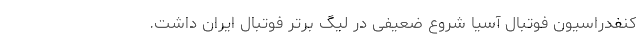
کنفدراسیون فوتبال آسیا شروع ضعیفی در لیگ برتر فوتبال ایران داشت.